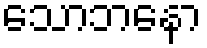
သောဘနော